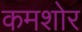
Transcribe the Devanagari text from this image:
कमशोर